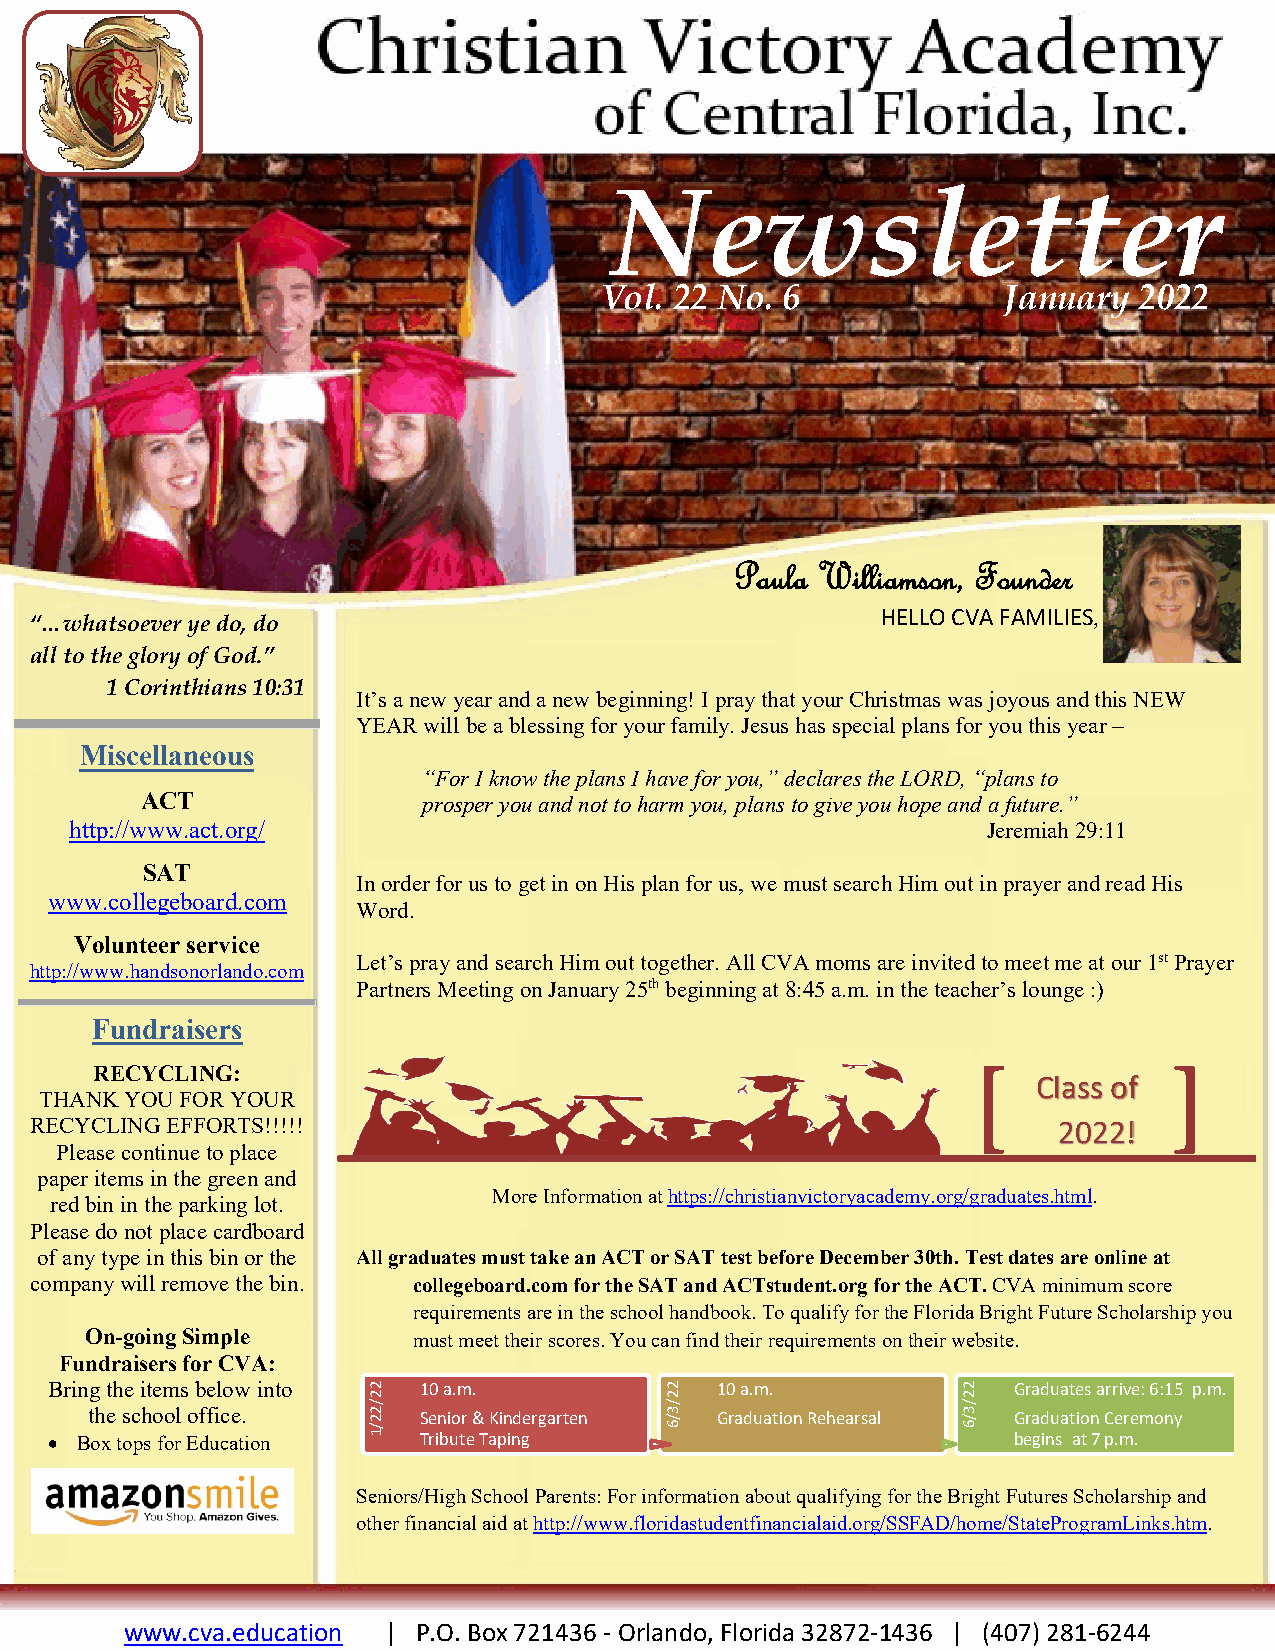
Newsletter
 Vol. 22 No. 6             January  2022
 Paula Williamson, Founder
 HELLO CVA FAMILIES,
 “…whatsoever ye do, do
 all to the glory of God.”
 1 Corinthians 10:31
 It’s a new year and a new beginning! I pray that your Christmas was joyous and this NEW
 YEAR will be a blessing for your family. Jesus has special plans for you this year –
 Miscellaneous
 “For I know the plans I have for you,” declares the LORD, “plans to
 ACT                prosper you and not to harm you, plans to give you hope and a future.”
 http://www.act.org/                                         Jeremiah 29:11
 SAT
 In order for us to get in on His plan for us, we must search Him out in prayer and read His
 www.collegeboard.com
 Word.
 Volunteer service
 Let’s pray and search Him out together. All CVA moms are invited to meet me at our 1st Prayer
 http://www.handsonorlando.com
 Partners Meeting on January 25th beginning at 8:45 a.m. in the teacher’s lounge :)
 Fundraisers
 RECYCLING:                                                [             ]
 Class of
 THANK YOU FOR YOUR
 RECYCLING EFFORTS!!!!!                                              2022!
 Please continue to place
 paper items in the green and
 More Information at https://christianvictoryacademy.org/graduates.html.
 red bin in the parking lot.
 Please do not place cardboard
 of any type in this bin or the All graduates must take an ACT or SAT test before December 30th. Test dates are online at
 company will remove the bin. collegeboard.com for the SAT and ACTstudent.org for the ACT. CVA minimum score
 requirements are in the school handbook. To qualify for the Florida Bright Future Scholarship you
 On-going Simple      must meet their scores. You can find their requirements on their website.
 Fundraisers for CVA:
 Bring the items below into 10 a.m.          10 a.m.             Graduates arrive: 6:15 p.m.
 the school office.    Senior & Kindergarten Graduation Rehearsal Graduation Ceremony
 • Box tops for Education Tribute Taping                         begins at 7 p.m.
 Seniors/High School Parents: For information about qualifying for the Bright Futures Scholarship and
 other financial aid at http://www.floridastudentfinancialaid.org/SSFAD/home/StateProgramLinks.htm.
 www.cva.education | P.O. Box 721436 - Orlando, Florida 32872-1436 | (407) 281-6244
 22/22/1             22/3/6              22/3/6